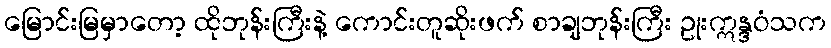
မြောင်းမြမှာတော့ ထိုဘုန်းကြီးနဲ့ ကောင်းတူဆိုးဖက် စာချဘုန်းကြီး ဥုးဣန္ဒဝံသက